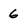
Character: 6